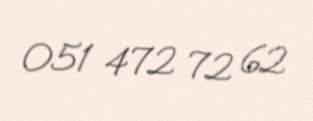
051 472 72 62